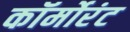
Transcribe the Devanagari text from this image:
कॉर्मोरंट